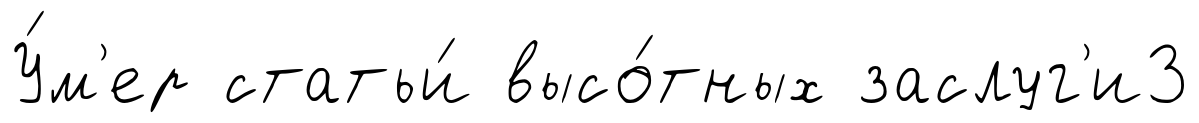
У́м'ер статьи́ высо́тных заслуг'и3